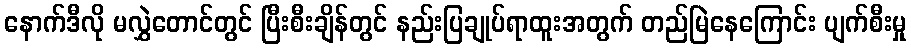
နောက်ဒီလို မလွှဲတောင်တွင် ပြီးစီးချိန်တွင် နည်းပြချုပ်ရာထူးအတွက် တည်မြဲနေကြောင်း ပျက်စီးမှု